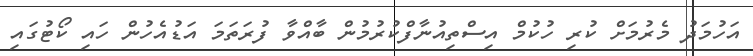
އަހުމަދު މެރުމަށް ކުރި ހުކުމް އިސްތިއުނާފްކުރުމުން ބާއްވާ ފުރަތަމަ އަޑުއެހުން ހައި ކޯޓުގައި